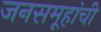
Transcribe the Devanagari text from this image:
जनसमूहांची